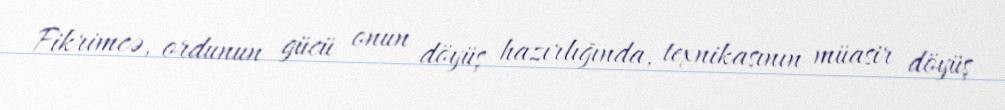
Fikrimcə, ordunun gücü onun döyüş hazırlığında, texnikasının müasir döyüş